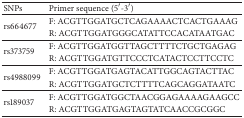
| SNPs | Primer sequence (5′-3′) |
 | --- | --- |
 | <ROWSPAN=2> rs664677 | F: ACGTTGGATGCTCAGAAAACTCACTGAAAG |
 | R: ACGTTGGATGGGCATATTCCACATAATGAC |
 | <ROWSPAN=2> rs373759 | F: ACGTTGGATGGTTAGCTTTTCTGCTGAGAG |
 | R: ACGTTGGATGTTCCCTCATACTCCTTCCTC |
 | <ROWSPAN=2> rs4988099 | F: ACGTTGGATGAGTACATTGGCAGTACTTAC |
 | R: ACGTTGGATGCTCTTTTCAGCAGGATAATC |
 | <ROWSPAN=2> rs189037 | F: ACGTTGGATGGCTAACGGAGAAAAGAAGCC |
 | R: ACGTTGGATGAGTAGTATCAACCGCGGC |